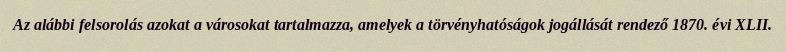
Az alábbi felsorolás azokat a városokat tartalmazza, amelyek a törvényhatóságok jogállását rendező 1870. évi XLII.